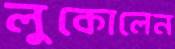
লুকোলেন